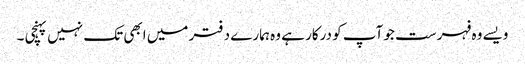
ویسے وہ فہرست جو آپ کو درکار ہے وہ ہمارے دفتر میں ابھی تک نہیں پہنچی ۔